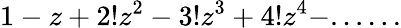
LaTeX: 1-z+2!z^{2}-3!z^{3}+4!z^{4}-......